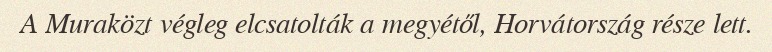
A Muraközt végleg elcsatolták a megyétől, Horvátország része lett.